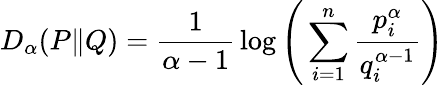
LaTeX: D_{\alpha}(P\| Q)={\frac{1}{\alpha-1}}\log{\Bigg(}\sum_{i=1}^{n}{\frac{p_{i}^{\alpha}}{q_{i}^{\alpha-1}}}{\Bigg)}